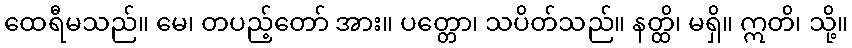
ထေရီမသည်။ မေ၊ တပည့်တော် အား။ ပတ္တော၊ သပိတ်သည်။ နတ္ထိ၊ မရှိ။ ဣတိ၊ သို့။